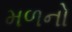
મળનો